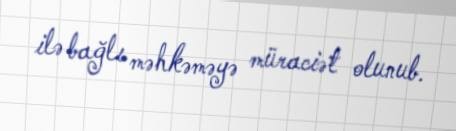
ilə bağlı məhkəməyə müraciət olunub.